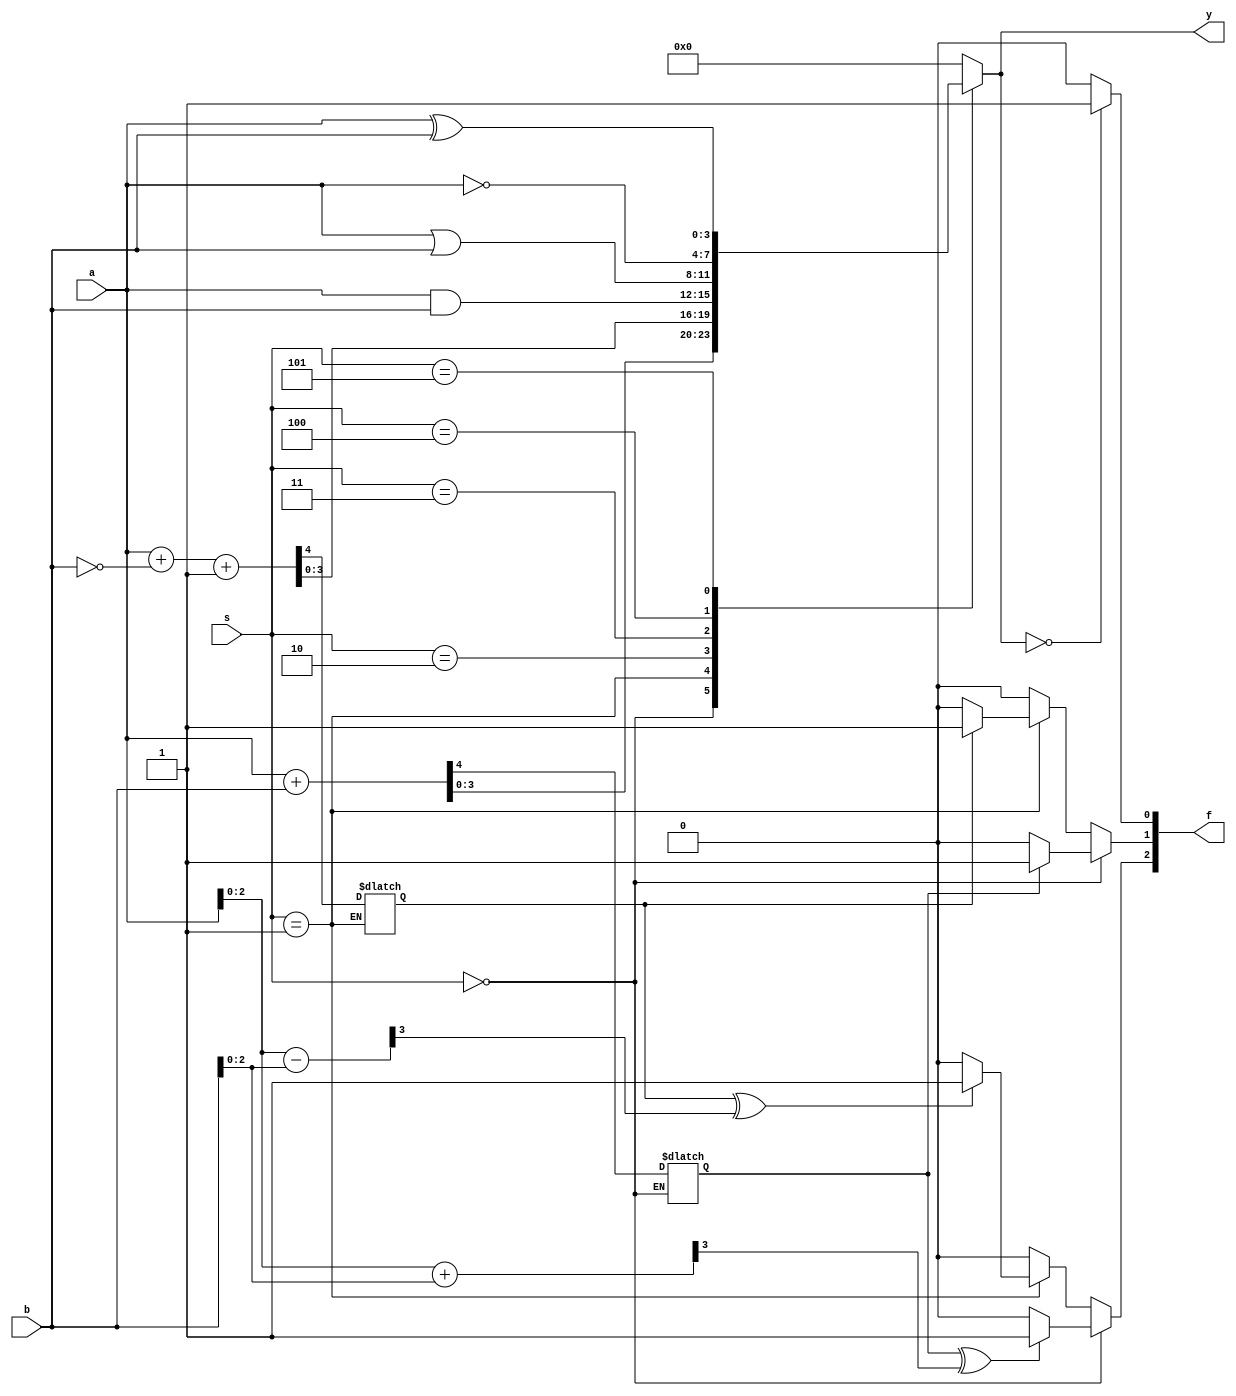
`timescale 1ns / 1ps
//////////////////////////////////////////////////////////////////////////////////
// Company: 
// Engineer: 
// 
// Design Name: 
// Module Name: ALU
// Project Name: 
// Target Devices: 
// Tool Versions: 
// Description: 
// 
// Dependencies: 
// 
// Revision:
// Revision 0.01 - File Created
// Additional Comments:
// 
//////////////////////////////////////////////////////////////////////////////////


`timescale 1ns / 1ps
//////////////////////////////////////////////////////////////////////////////////
// Company: 
// Engineer: 
// 
// Design Name: 
// Module Name: ALU
// Project Name: 
// Target Devices: 
// Tool Versions: 
// Description: 
// 
// Dependencies: 
// 
// Revision:
// Revision 0.01 - File Created
// Additional Comments:
// 
//////////////////////////////////////////////////////////////////////////////////


module ALU# (parameter WIDTH=4)(
    input [WIDTH-1:0]a,b,
    input [2:0]s,
    output reg [WIDTH-1:0]y,
    output reg [2:0]f
    );
    localparam ADD=3'd0;
    localparam SUB=3'd1;
    localparam AND=3'd2;
    localparam OR=3'd3;
    localparam NOT=3'd4;
    localparam XOR=3'd5;
    reg flag1,flag2,flag3,flag4;
    reg [WIDTH-2:0] t1,t2;
    initial flag1=0;
    initial flag2=0;
    always @ (*)
    begin
        case(s)
            ADD:{flag1,y}=a+b;
            SUB:{flag2,y}=a+~b+1;
            AND:y=a&b;
            OR:y=a|b;
            NOT:y=~a;
            XOR:y=a^b;
            default:y=0;
        endcase
    end
    
    always @ (*)
    begin
        {flag3,t1}=a[WIDTH-2:0]+b[WIDTH-2:0];
        {flag4,t2}=a[WIDTH-2:0]-b[WIDTH-2:0];
    end
    
    always @ (*)
    begin
        if (y==0)
            f[0]=1;
        else
            f[0]=0;
    end
    
    always @ (*)
    begin
        if (s==ADD)
        begin
            if (flag1==1)
                f[1]=1;
            else
                f[1]=0;
            if (flag1^flag3==1)
                f[2]=1;
            else 
                f[2]=0;
        end
        else if (s==SUB)
        begin
            if (flag2==1)
                f[1]=1;
            else
                f[1]=0;
            if (flag2^flag4==1)
                f[2]=1;
            else 
                f[2]=0;
        end
        else
        begin
            f[1]=0;
            f[2]=0;
        end
    end
endmodule